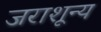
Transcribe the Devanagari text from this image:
जराशून्य